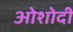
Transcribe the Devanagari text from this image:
ओशोदी